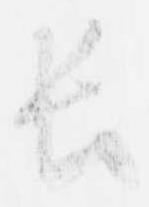
長